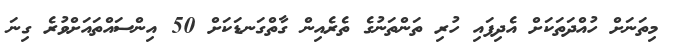
މިތަނަށް ހުއްދަތަކަށް އެދިފައި ހުރި ތަންތަނުގެ ތެރެއިން ގާތްގަނޑަކަށް 50 އިންސައްތައަށްވުރެ ގިނަ